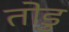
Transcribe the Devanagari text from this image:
तोडु